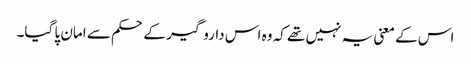
اس کے معنی یہ نہیں تھے کہ وہ اس داروگیر کے حکم سے امان پا گیا۔